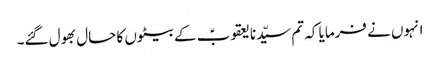
انہوں نے فرمایا کہ تم سیّدنا یعقوبؑ کے بیٹوں کا حال بھول گئے۔